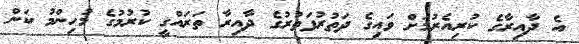
އެ ދާއިރާގެ ކުރިއެރުމަށް ވައިގެ ދަތުރުފަތުރުގެ ދާއިރާ ތަރައްގީ ކުރުމުގެ މުހިންމު ކަން